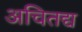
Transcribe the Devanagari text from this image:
अचितद्य